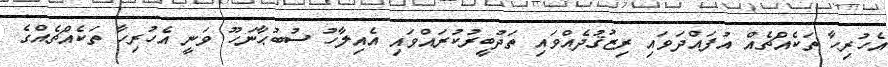
އެހުރިހާ ތަކެއްޗެއް އުފައްދަވައި ރިޒުޤުދެއްވައި ތަދުބީރުކުރައްވައި އެއިލާހު ސުބުޙާނަހޫ ވަނީ އެހުރިހާ ތަކެއްޗެއްގެ